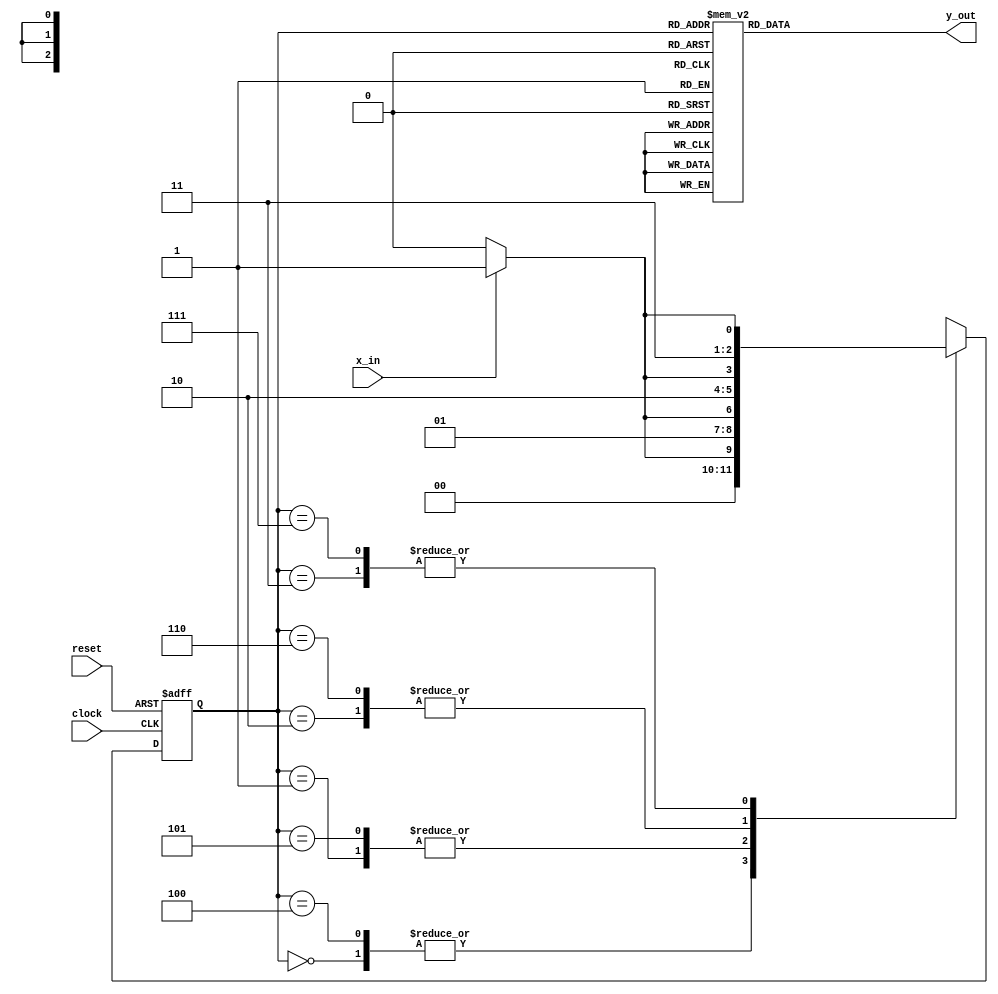
//mealy FSM miniproject
module mealy_project(
  output reg y_out=3'b010,
  input x_in,clock,reset
  );
  reg[2:0] state, next_state;
  parameter s0=3'b000; parameter s1=3'b001; parameter s2=3'b010; parameter s3=3'b011; parameter s4=3'b100; parameter s5=3'b101; parameter s6=3'b110; parameter s7=3'b111;
  always @(posedge clock, negedge reset)
    if(reset==0) state<=s2;
    else state<=next_state;
   
  always @(state,x_in)
    case(state)
      s0: if(x_in) next_state<=s1; else next_state <= s0;
      s1: if(x_in) next_state<=s3; else next_state <= s2;
      s2: if(x_in) next_state<=s5; else next_state <= s4; 
      s3: if(x_in) next_state<=s7; else next_state <= s6; 
      s4: if(x_in) next_state<=s1; else next_state <= s0; 
      s5: if(x_in) next_state<=s3; else next_state <= s2; 
      s6: if(x_in) next_state<=s5; else next_state <= s4; 
      s7: if(x_in) next_state<=s7; else next_state <= s6; 
    endcase
    
  always @(state,x_in)
    case(state)
      s0: y_out<=0;
      s1: y_out<=0;
      s2: y_out<=0;
      s3: y_out<=0;      
      s4: y_out<=1;
      s5: y_out<=1;
      s6: y_out<=1;
      s7: y_out<=1;
    endcase
endmodule